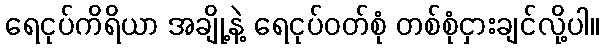
ရေငုပ်ကိရိယာ အချို့နဲ့ ရေငုပ်ဝတ်စုံ တစ်စုံငှားချင်လို့ပါ။